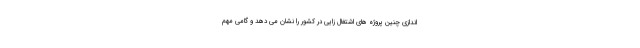
اندازی چنین پروژه های اشتغال زایی در کشور را نشان می دهد و گامی مهم